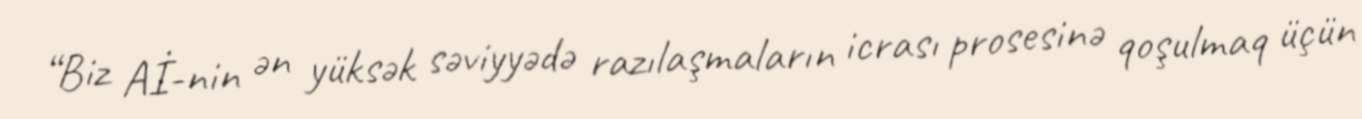
“Biz Aİ-nin ən yüksək səviyyədə razılaşmaların icrası prosesinə qoşulmaq üçün